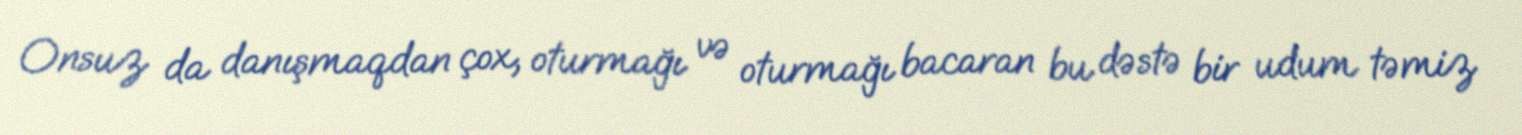
Onsuz da danışmaqdan çox, oturmağı və oturmağı bacaran bu dəstə bir udum təmiz